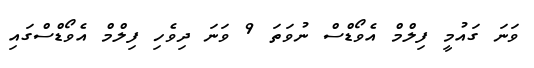
ވަނަ ގައުމީ ފިލްމް އެވޯޑްސް ނުވަތަ 9 ވަނަ ދިވެހި ފިލްމް އެވޯޑްސްގައި